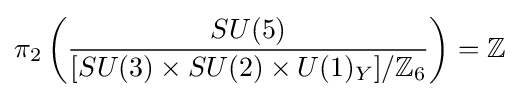
\pi _{2}\left({\frac {SU(5)}{[SU(3)\times SU(2)\times U(1)_{Y}]/\mathbb {Z} _{6}}}\right)=\mathbb {Z}